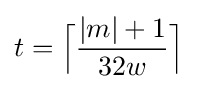
t={\Big \lceil }{\frac {|m|+1}{32w}}{\Big \rceil }